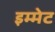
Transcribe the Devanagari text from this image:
इम्मेट